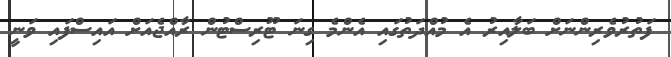
ފަތުރުވެރިންނަށް ބަލާއިރު އެ މުއްދަތުގައި އެންމެ ގިނަ ޓޫރިސްޓުން ރާއްޖެއަށް އައިސްފައި ވަނީ